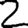
Digit: 2